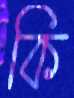
কি